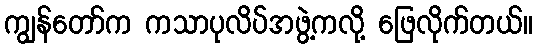
ကျွန်တော်က ကသာပုလိပ်အဖွဲ့ကလို့ ဖြေလိုက်တယ်။